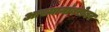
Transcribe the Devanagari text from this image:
आख्यानांबरोबर